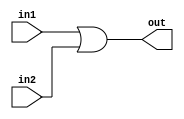
module bit32OR (out,in1,in2);
input [31:0] in1,in2;
output [31:0] out;
assign {out}= in1 | in2;
endmodule

module tb32bitor;
reg [31:0] IN1,IN2;
wire [31:0] OUT;
bit32OR a1 (OUT,IN1,IN2);

initial 
begin
$monitor(,$time,"inp1 = %b inp2 = %b out=%b", IN1,IN2,OUT);
end
initial
begin
IN1=4'd10;
IN2=4'd8;
#100 IN1=4'd12;
#400 $finish;
end
endmodule